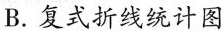
B.复式折线统计图